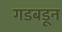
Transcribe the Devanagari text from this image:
गडबडून